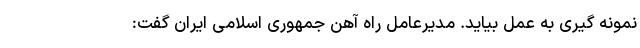
نمونه گیری به عمل بیاید. مدیرعامل راه آهن جمهوری اسلامی ایران گفت: